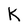
Character: K